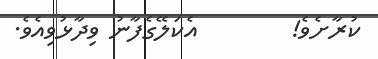
ކުރާށެވެ!        އެކަލޭގެފާނު ވިދާޅުވިއެވެ.